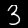
Digit: 3